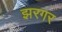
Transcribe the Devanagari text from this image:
झरगर